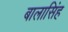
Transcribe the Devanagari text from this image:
बालासिंह